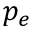
p _ { e }